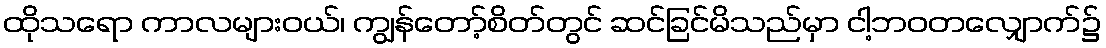
ထိုသရော ကာလများဝယ်၊ ကျွန်တော့်စိတ်တွင် ဆင်ခြင်မိသည်မှာ ငါ့ဘဝတလျှောက်၌